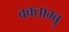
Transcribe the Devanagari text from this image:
वक्ताम्बु